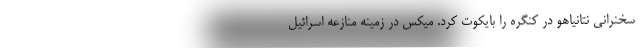
سخنرانی نتانیاهو در کنگره را بایکوت کرد. میکس در زمینه منازعه اسرائیل